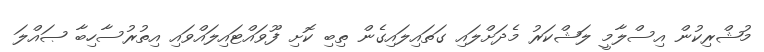
މުޝްރިކުން އިސްލާމީ ލަޝްކަރު މެދަށްލައި ގަތައިލައިގެން ތިބި ކޮށި ފޫވައްޓައިލައްވައި އިތުރުސާހިބާ ޞައްލަ